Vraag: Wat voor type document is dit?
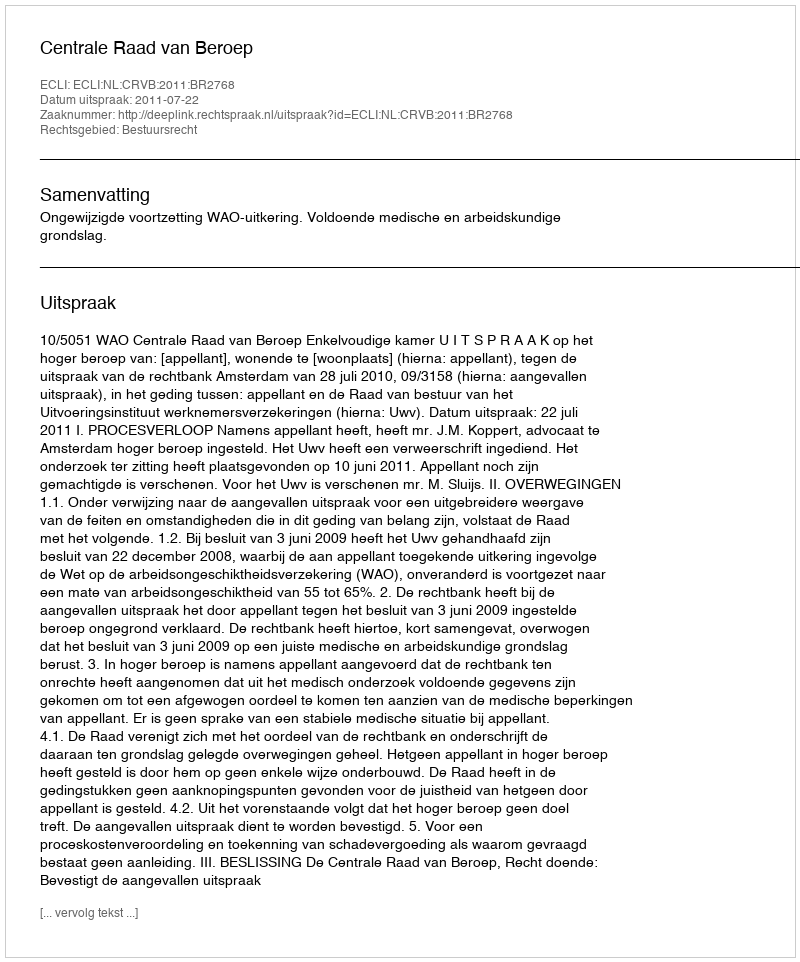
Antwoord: Uitspraak